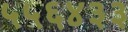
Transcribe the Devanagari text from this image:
५५६४३३